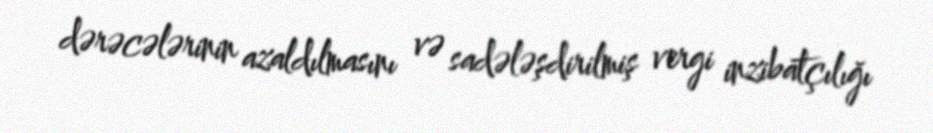
dərəcələrinin azaldılmasını və sadələşdirilmiş vergi inzibatçılığı